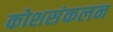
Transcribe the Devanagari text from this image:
कोशसंकलन